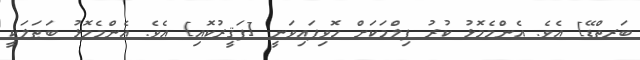
ބަރތްޑޭ] އެވެ. އެންމެމޮޅު ކުރު ފިލްމަކަށް ހޮވިފައިވަނީ [ފަޤީރުކޮއި] އެވެ. އެންމެމޮޅު ބަޠަލަކީ